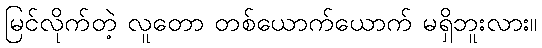
မြင်လိုက်တဲ့ လူတော တစ်ယောက်ယောက် မရှိဘူးလား။